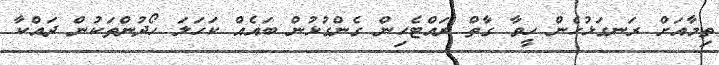
ތިމާއަށް ރަނގަޅުހެން ހީވާ ގާތް ރައްޓެހިން ގެންގުޅުން ބައެއް ކަހަލަ ހޯދުންތަކުން ދައްކާ